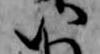
八